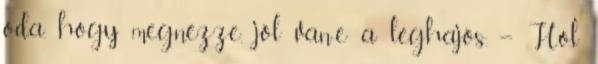
oda, hogy megnézze, jól van-e a léghajós. – Hol